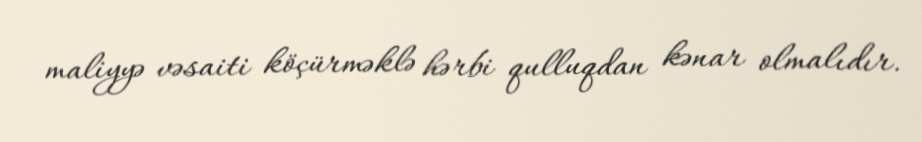
maliyyə vəsaiti köçürməklə hərbi qulluqdan kənar olmalıdır.